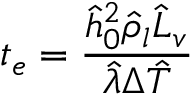
t _ { e } = \frac { \hat { h } _ { 0 } ^ { 2 } \hat { \rho } _ { l } \hat { L } _ { v } } { \hat { \lambda } \Delta \hat { T } }